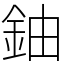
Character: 鈾